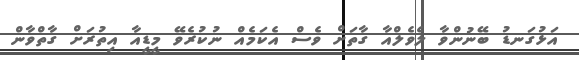
އަޅުގަނޑު ބޭނުންވާ ލެވެލްއާ ގާތަަށް ވެސް އެކަމެއް ނުކުރެވޭ މީޑީއާ އިތުރަށް ގާތްވާން